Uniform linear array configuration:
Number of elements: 48
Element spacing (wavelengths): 0.75
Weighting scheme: kaiser
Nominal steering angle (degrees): -30
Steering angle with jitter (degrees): -29.268
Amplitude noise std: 0.05
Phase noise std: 0.05

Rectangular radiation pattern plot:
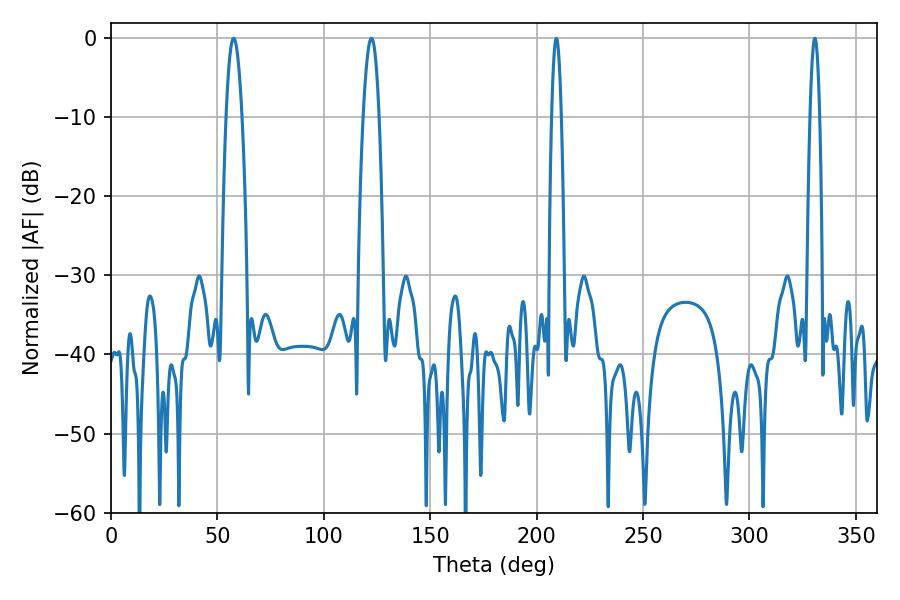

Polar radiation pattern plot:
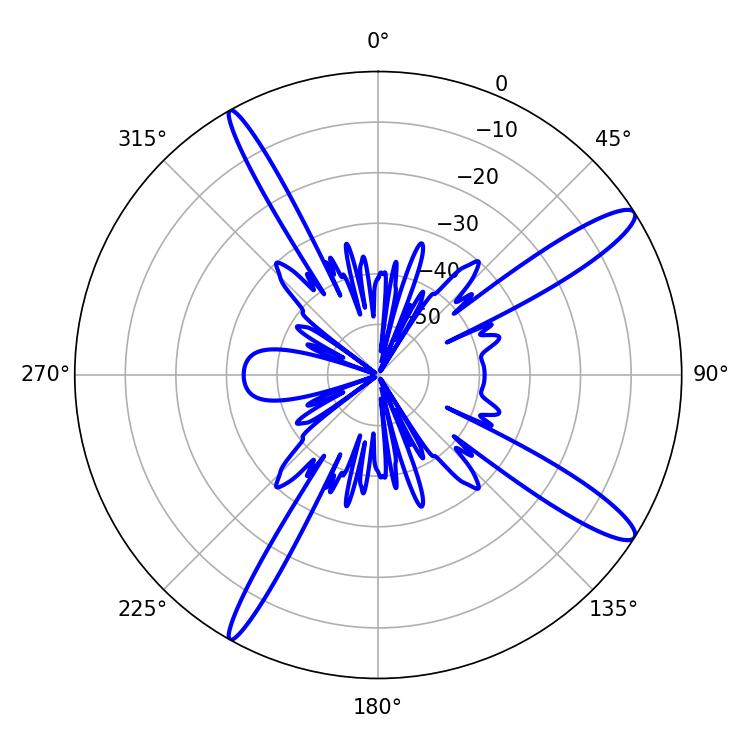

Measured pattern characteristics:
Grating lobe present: TRUE
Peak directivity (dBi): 13.715
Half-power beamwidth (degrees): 4.14
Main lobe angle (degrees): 57.6